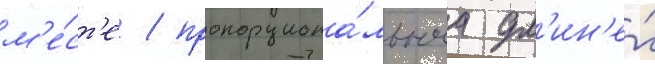
м'е́ст'е / пропорциона́льнаа дл'ин'е́